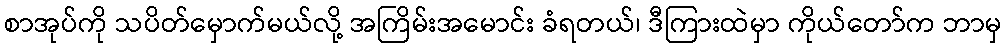
စာအုပ်ကို သပိတ်မှောက်မယ်လို့ အကြိမ်းအမောင်း ခံရတယ်၊ ဒီကြားထဲမှာ ကိုယ်တော်က ဘာမှ